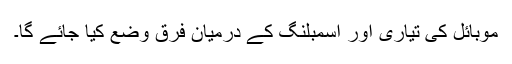
موبائل کی تیاری اور اسمبلنگ کے درمیان فرق وضع کیا جائے گا۔